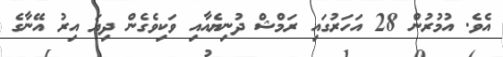
އެވެ. އުމުރުން 28 އަހަރުގައި ރަމްޝް ދުނިޔެއާއި ވަކިވެގެން ދިޔަ އިރު އޭނާގެ